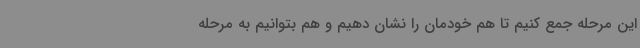
این مرحله جمع کنیم تا هم خودمان را نشان دهیم و هم بتوانیم به مرحله